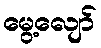
မွေ့လျော်